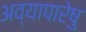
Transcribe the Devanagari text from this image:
अव्यापारेषु